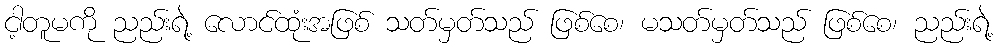
ငါ့တူမကို ညည်းရဲ့ လောင်ထုံးအဖြစ် သတ်မှတ်သည် ဖြစ်စေ၊ မသတ်မှတ်သည် ဖြစ်စေ၊ ညည်းရဲ့